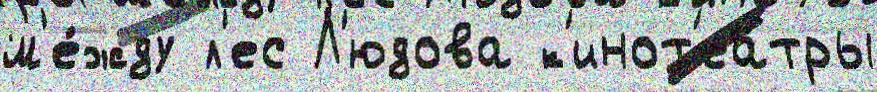
м'е́жду л'ес Л'юдова к'инот'еа́тры